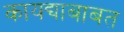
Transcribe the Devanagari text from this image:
कायद्याबाबत